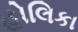
હોલિકા